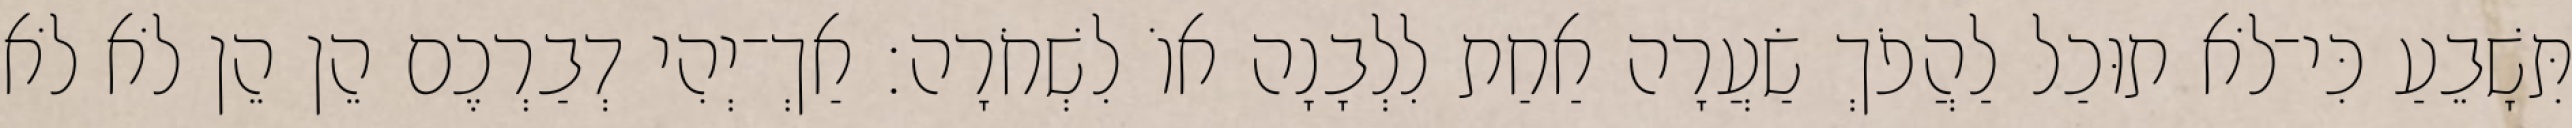
תִּשָׁבֵעַ כִּי־לֹא תוּכַל לַהֲפֹךְ שַׂעֲרָה אַחַת לִלְבָנָה אוֹ לִשְׁחֹרָה׃ אַךְ־יְהִי דְבַרְכֶם הֵן הֵן לֹא לֹא